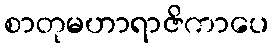
စာတုမဟာရာဇိကာပေ